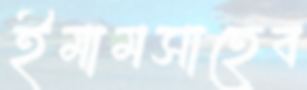
ইমামসাহেব